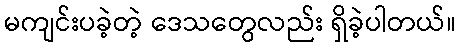
မကျင်းပခဲ့တဲ့ ဒေသတွေလည်း ရှိခဲ့ပါတယ်။